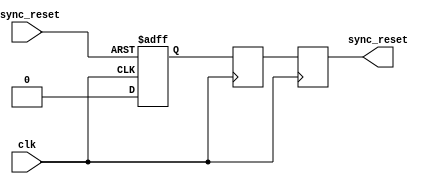
module async_reset_synchronizer (
    input wire async_reset,   // Asynchronous reset input
    input wire clk,           // Clock signal
    output reg sync_reset     // Synchronized reset output
);

    // Internal signals for the two-stage synchronization
    reg sync_reset_1;         // First stage output
    reg sync_reset_2;         // Second stage output

    // Synchronous process for capturing the asynchronous reset
    always @(posedge clk or posedge async_reset) begin
        if (async_reset) begin
            sync_reset_1 <= 1'b1;  // Capture async reset
        end else begin
            sync_reset_1 <= 1'b0;  // Clear on clock edge
        end
    end

    always @(posedge clk) begin
        sync_reset_2 <= sync_reset_1; // Second stage synchronization
    end

    // Final synchronized reset output
    always @(posedge clk) begin
        sync_reset <= sync_reset_2; // Output the synchronized reset
    end

endmodule